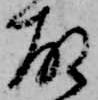
故